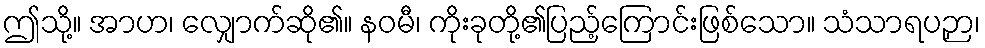
ဤသို့။ အာဟ၊ လျှောက်ဆို၏။ နဝမီ၊ ကိုးခုတို့၏ပြည့်ကြောင်းဖြစ်သော။ သံသာရပဉှာ၊